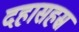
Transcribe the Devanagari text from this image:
दहासहस्र